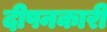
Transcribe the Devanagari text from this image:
दीपनकारी